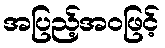
အပြည့်အဝဖြင့်